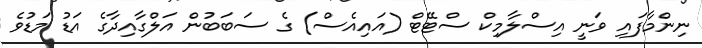
ނިންމާފައި ވަނީ އިސްލާމިކް ސްޓޭޓް (އައިއެސް) ގެ ސަބަބުން އަލްގާއިދާގެ އަޑު މަޑުވެ